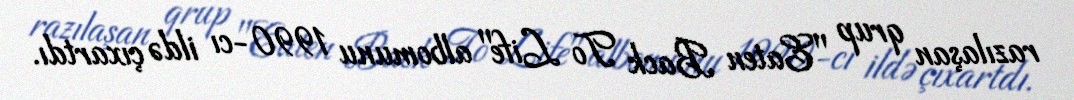
razılaşan qrup "Eaten Back To Life" albomunu 1990-cı ildə çıxartdı.